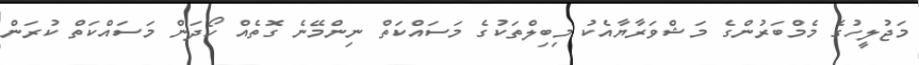
މަޖުލީހުގެ މެމްބަރުންގެ މަޝްވަރާޔާއެކު މިބިލްތަކުގެ މަސައްކަތް ނިންމޭނެ ގޮތެއް ހޯދަން މަސައްކަތް ކުރަން